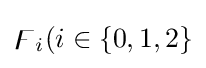
\digamma _{i}(i\in \{0,1,2\}